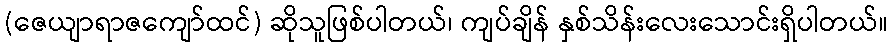
(ဇေယျာရာဇကျော်ထင်) ဆိုသူဖြစ်ပါတယ်၊ ကျပ်ချိန် နှစ်သိန်းလေးသောင်းရှိပါတယ်။